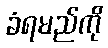
ခံရမည်ကို